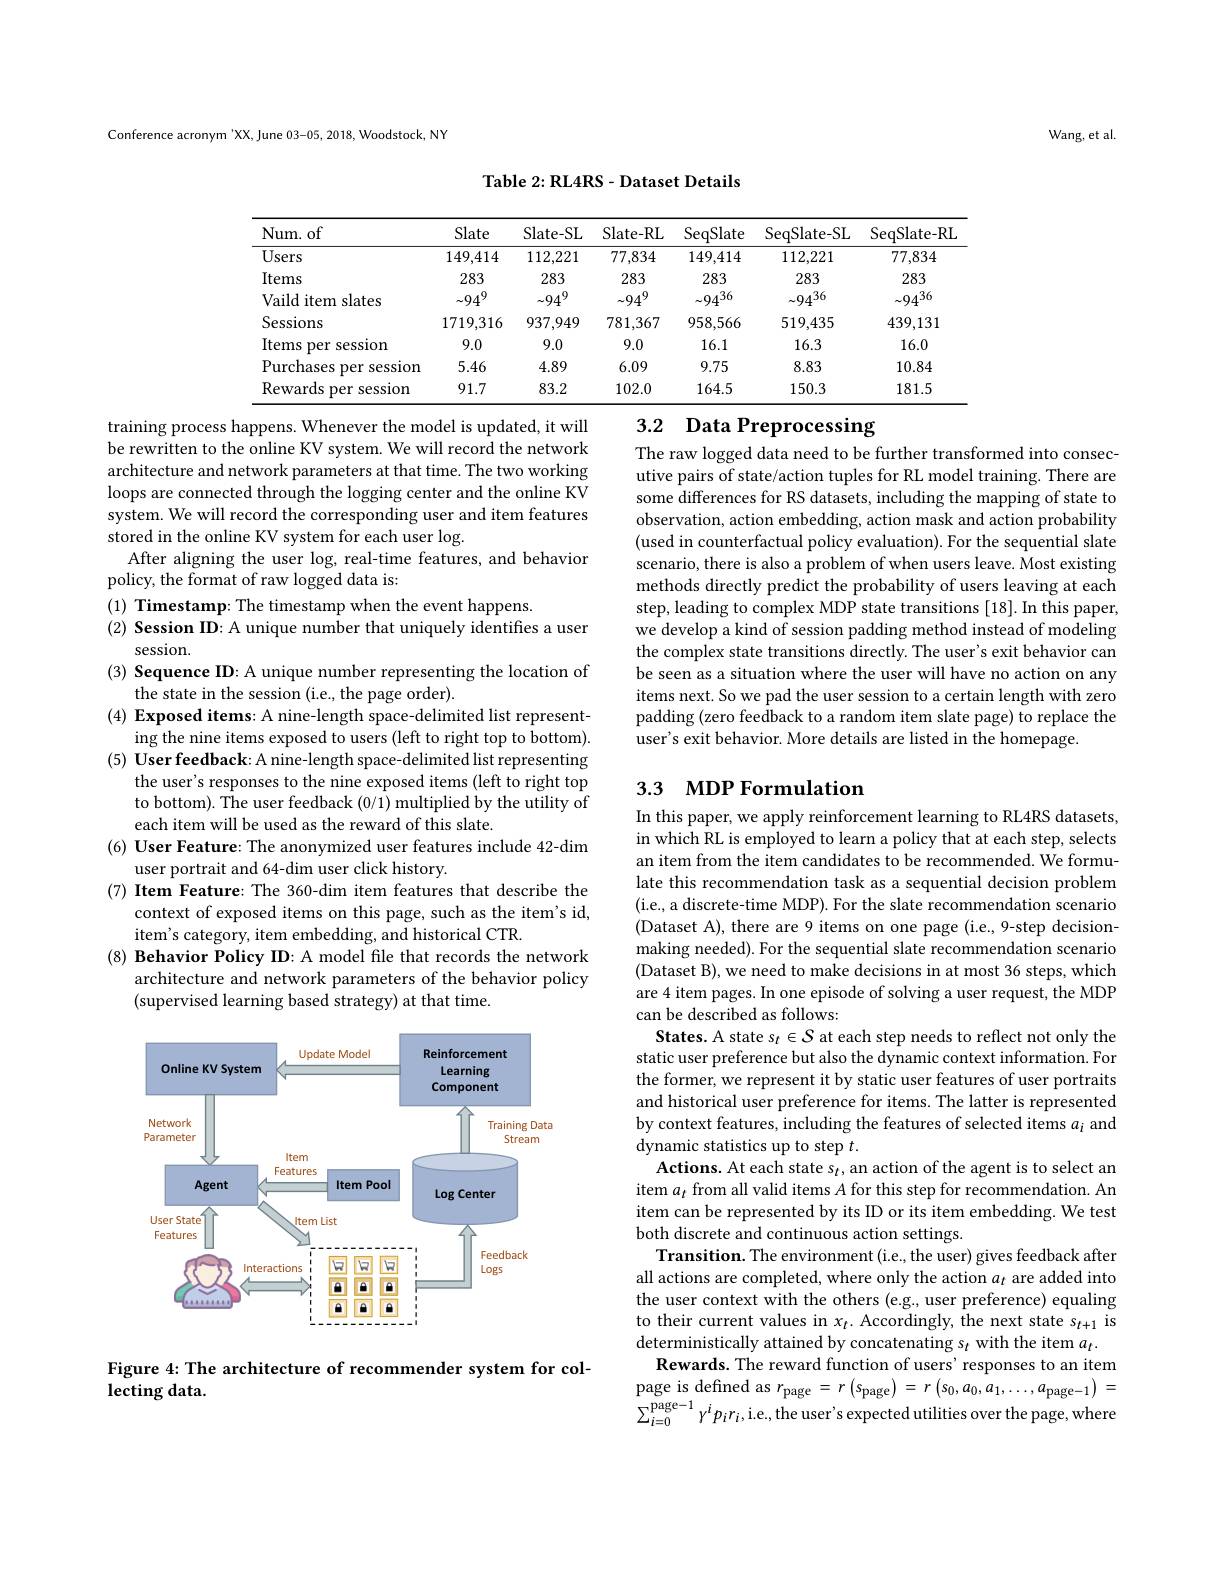
Conference acronym 'XX, June 03-05, 2018, Woodstock, NY

Wang, et al.

Table 2: RL4RS- Dataset Details

<table>
	<tbody>
		<tr>
			<th>Num. of</th>
			<th>Slate</th>
			<th>Slate- SL</th>
			<th>Slate- RL</th>
			<th>SeqSlate</th>
			<th>SeqSlate- SL</th>
			<th>SeqSlate-RI</th>
		</tr>
		<tr>
			<td>Users</td>
			<td>149,414</td>
			<td>112,221</td>
			<td>77,834</td>
			<td>149,414</td>
			<td>112,221</td>
			<td>77,834</td>
		</tr>
		<tr>
			<td>Items</td>
			<td>283</td>
			<td>283</td>
			<td>283</td>
			<td>283</td>
			<td>283</td>
			<td>283</td>
		</tr>
		<tr>
			<td>Vaild item slates</td>
			<td>$\sim94^{9}$</td>
			<td>$\sim94^{9}$</td>
			<td>$\sim94^{9}$</td>
			<td>$\sim94^{56}$</td>
			<td>$\sim94^{36}$</td>
			<td>$\sim94^{36}$</td>
		</tr>
		<tr>
			<td>Sessions</td>
			<td>1719,316</td>
			<td>937,949</td>
			<td>781,367</td>
			<td>958,566</td>
			<td>519,435</td>
			<td>439,131</td>
		</tr>
		<tr>
			<td>Items s per sesslon</td>
			<td>9.0</td>
			<td>9.0</td>
			<td>9.0</td>
			<td>16.1</td>
			<td>16.3</td>
			<td>16.0</td>
		</tr>
		<tr>
			<td>Purchases per session</td>
			<td>5.46</td>
			<td>4.89</td>
			<td>6.09</td>
			<td>9.75</td>
			<td>8.83</td>
			<td>10.84</td>
		</tr>
		<tr>
			<td>Rewards s per session</td>
			<td>91.7</td>
			<td>83.2</td>
			<td>102.0</td>
			<td>164.5</td>
			<td>150.3</td>
			<td>181.5</td>
		</tr>
	</tbody>
</table>

## 3.2 Data Preprocessing

The raw logged data need to be further transformed into consecutive pairs of state/action tuples for RL model training. There are some differences for RS datasets, including the mapping of state to observation, action embedding, action mask and action probability (used in counterfactual policy evaluation). For the sequential slate scenario, there is also a problem of when users leave. Most existing methods directly predict the probability of users leaving at each step, leading to complex MDP state transitions [18]. In this paper, we develop a kind of session padding method instead of modeling the complex state transitions directly. The user's exit behavior can be seen as a situation where the user will have no action on any items next. So we pad the user session to a certain length with zero padding (zero feedback to a random item slate page) to replace the user's exit behavior. More details are listed in the homepage.

training process happens. Whenever the model is updated, it will be rewritten to the online KV system. We will record the network architecture and network parameters at that time. The two working loops are connected through the logging center and the online KV system. We will record the corresponding user and item features stored in the online KV system for each user log.
After aligning the user log, real-time features, and behavior
policy, the format of raw logged data is:
(1) Timestamp: The timestamp when the event happens.
$( 2) \textbf{ Session ID: A unique number that uniquely identifies a user}$
session
(3) Sequence ID: A unique number representing the location of
the state in the session (i.e., the page order).
$( 4) \textbf{ Exposed items: A nine- length space- delimited list represent- }$
ing the nine items exposed to users (left to right top to bottom). $( 5) \textbf{ User feedback: A nine- length space- delimited list representing}$
the user's responses to the nine exposed items (left to right top to bottom). The user feedback (0/1) multiplied by the utility of each item will be used as the reward of this slate.
(6) User Feature: The anonymized user features include 42-dim
user portrait and 64-dim user click history.
(7) Item Feature: The 360-dim item features that describe the
context of exposed items on this page, such as the item's id,
item's category, item embedding, and historical CTR.
(8) Behavior Policy ID: A model file that records the network
architecture and network parameters of the behavior policy
(supervised learning based strategy) at that time.

## 3.3 MDP Formulation

In this paper, we apply reinforcement learning to RL4RS datasets, in which RL is employed to learn a policy that at each step, selects an item from the item candidates to be recommended. We formulate this recommendation task as a sequential decision problem (i.e., a discrete-time MDP). For the slate recommendation scenario (Dataset A), there are 9 items on one page (i.e., 9-step decisionmaking needed). For the sequential slate recommendation scenario (Dataset B), we need to make decisions in at most 36 steps, which are 4 item pages. In one episode of solving a user request, the MDP can be described as follows:
States. A state s$_t\in \mathcal{S}$ at each step needs to reflect not only the static user preference but also the dynamic context information. For the former, we represent it by static user features of user portraits and historical user preference for items. The latter is represented by context features, including the features of selected items $a_i$ and dynamic statistics up to step $t.$
Actions. At each state s$_t$,an action of the agent is to select an item $a_t$ from all valid items $A$ for this step for recommendation. An item can be represented by its ID or its item embedding. We test both discrete and continuous action settings.
Transition. The environment (i.e, the user) gives feedback after all actions are completed, where only the action $a_t$ are added into the user context with the others (e.g, user preference) equaling to their current values in $x_t.$ Accordingly, the next state s$_t+1$ is deterministically attained by concatenating $s_t$ with the item $a_t.$
Rewards. The reward function of users' responses to an item page is defined as $r_\mathrm{page}=r\left(s_\mathrm{page}\right)=r\left(s_0,a_0,a_1,\ldots,a_{\mathrm{page}-1}\right)=$ $\sum_{i=0}^{\mathrm{page-1}}\gamma^{i}p_{i}r_{i}$,i.e., the user's expected utilities over the page, where

<FigureHere>

Figure 4: The architecture of recommender system for col-
lecting data.